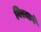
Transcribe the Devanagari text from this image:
गिरजाने